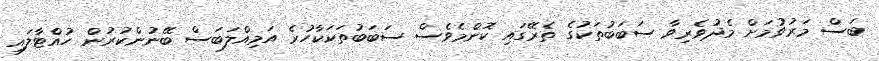
ބަސް މަރުވުމަށް މެދުވެރިވާ ސަބަބުތަކުގެ ތެރޭގައި ކޮންމެވެސް ސަބަބުތަކަކާހުރެ އަމިއްލަބަސް ބޭނުންކުރުން ހުއްޓާލައި